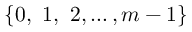
\{ 0 , \ 1 , \ 2 , \ldots , m - 1 \}